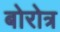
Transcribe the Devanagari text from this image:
बोरोत्र